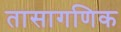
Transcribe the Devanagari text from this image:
तासागणिक